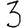
Digit: 3